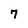
Character: 7